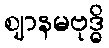
ဈာနမဗုဒ္ဓိ